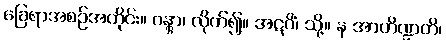
ခြေရာအစဉ်အတိုင်း။ ဂန္တွာ၊ လိုက်၍။ အဋဝိံ၊ သို့။ န အာဟိဏ္ဍတိ၊